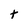
Character: t